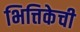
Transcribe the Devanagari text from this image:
भित्तिकेची